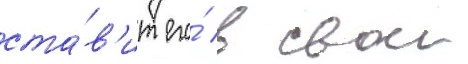
ста́в'ит его́ в свои